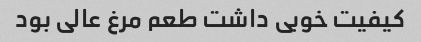
کیفیت خوبی داشت طعم مرغ عالی بود